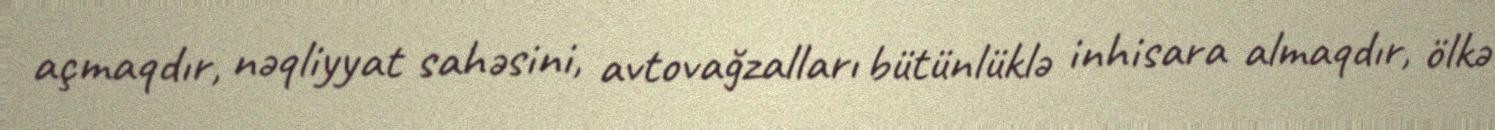
açmaqdır, nəqliyyat sahəsini, avtovağzalları bütünlüklə inhisara almaqdır, ölkə